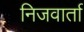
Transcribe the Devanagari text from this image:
निजवार्ता